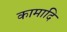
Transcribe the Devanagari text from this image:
कामादि